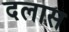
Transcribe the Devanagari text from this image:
दलास